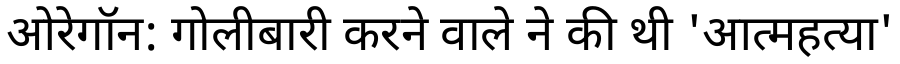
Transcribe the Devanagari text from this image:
ओरेगॉन: गोलीबारी करने वाले ने की थी 'आत्महत्या'